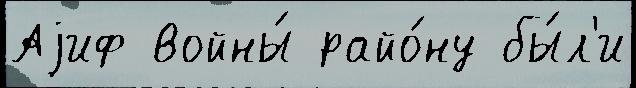
Аjиф войны́ райо́ну бы́л'и